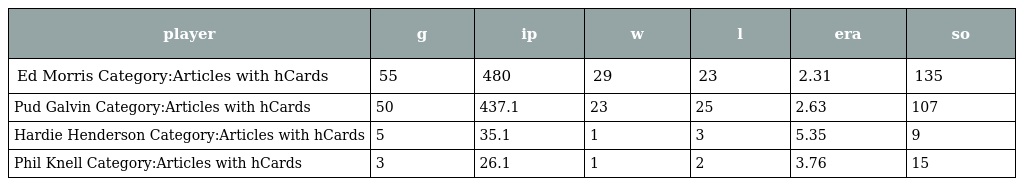
| player | g | ip | w | l | era | so |
 | --- | --- | --- | --- | --- | --- | --- |
 | Ed Morris Category:Articles with hCards | 55 | 480 | 29 | 23 | 2.31 | 135 |
 | Pud Galvin Category:Articles with hCards | 50 | 437.1 | 23 | 25 | 2.63 | 107 |
 | Hardie Henderson Category:Articles with hCards | 5 | 35.1 | 1 | 3 | 5.35 | 9 |
 | Phil Knell Category:Articles with hCards | 3 | 26.1 | 1 | 2 | 3.76 | 15 |